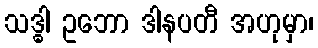
သဒ္ဓါ ဥဘော ဒါနပတီ အဟုမှာ၊